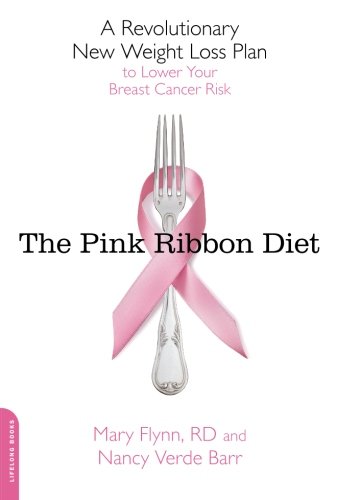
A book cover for The Pink Ribbon Diet: A Revolutionary New Weight Loss Plan to Lower Your Breast Cancer Risk; Mary Flynn PhD  RD  LDN; Health, Fitness & Dieting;